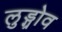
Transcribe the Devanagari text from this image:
लुड्ग्रोव